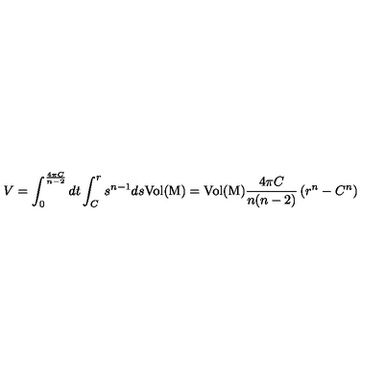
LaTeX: V = \int _ { 0 } ^ { \frac { 4 \pi C } { n - 2 } } d t \int _ { C } ^ { r } s ^ { n - 1 } d s \mathrm { V o l ( M ) } = \mathrm { V o l ( M ) } \frac { 4 \pi C } { n ( n - 2 ) } \left( r ^ { n } - C ^ { n } \right)